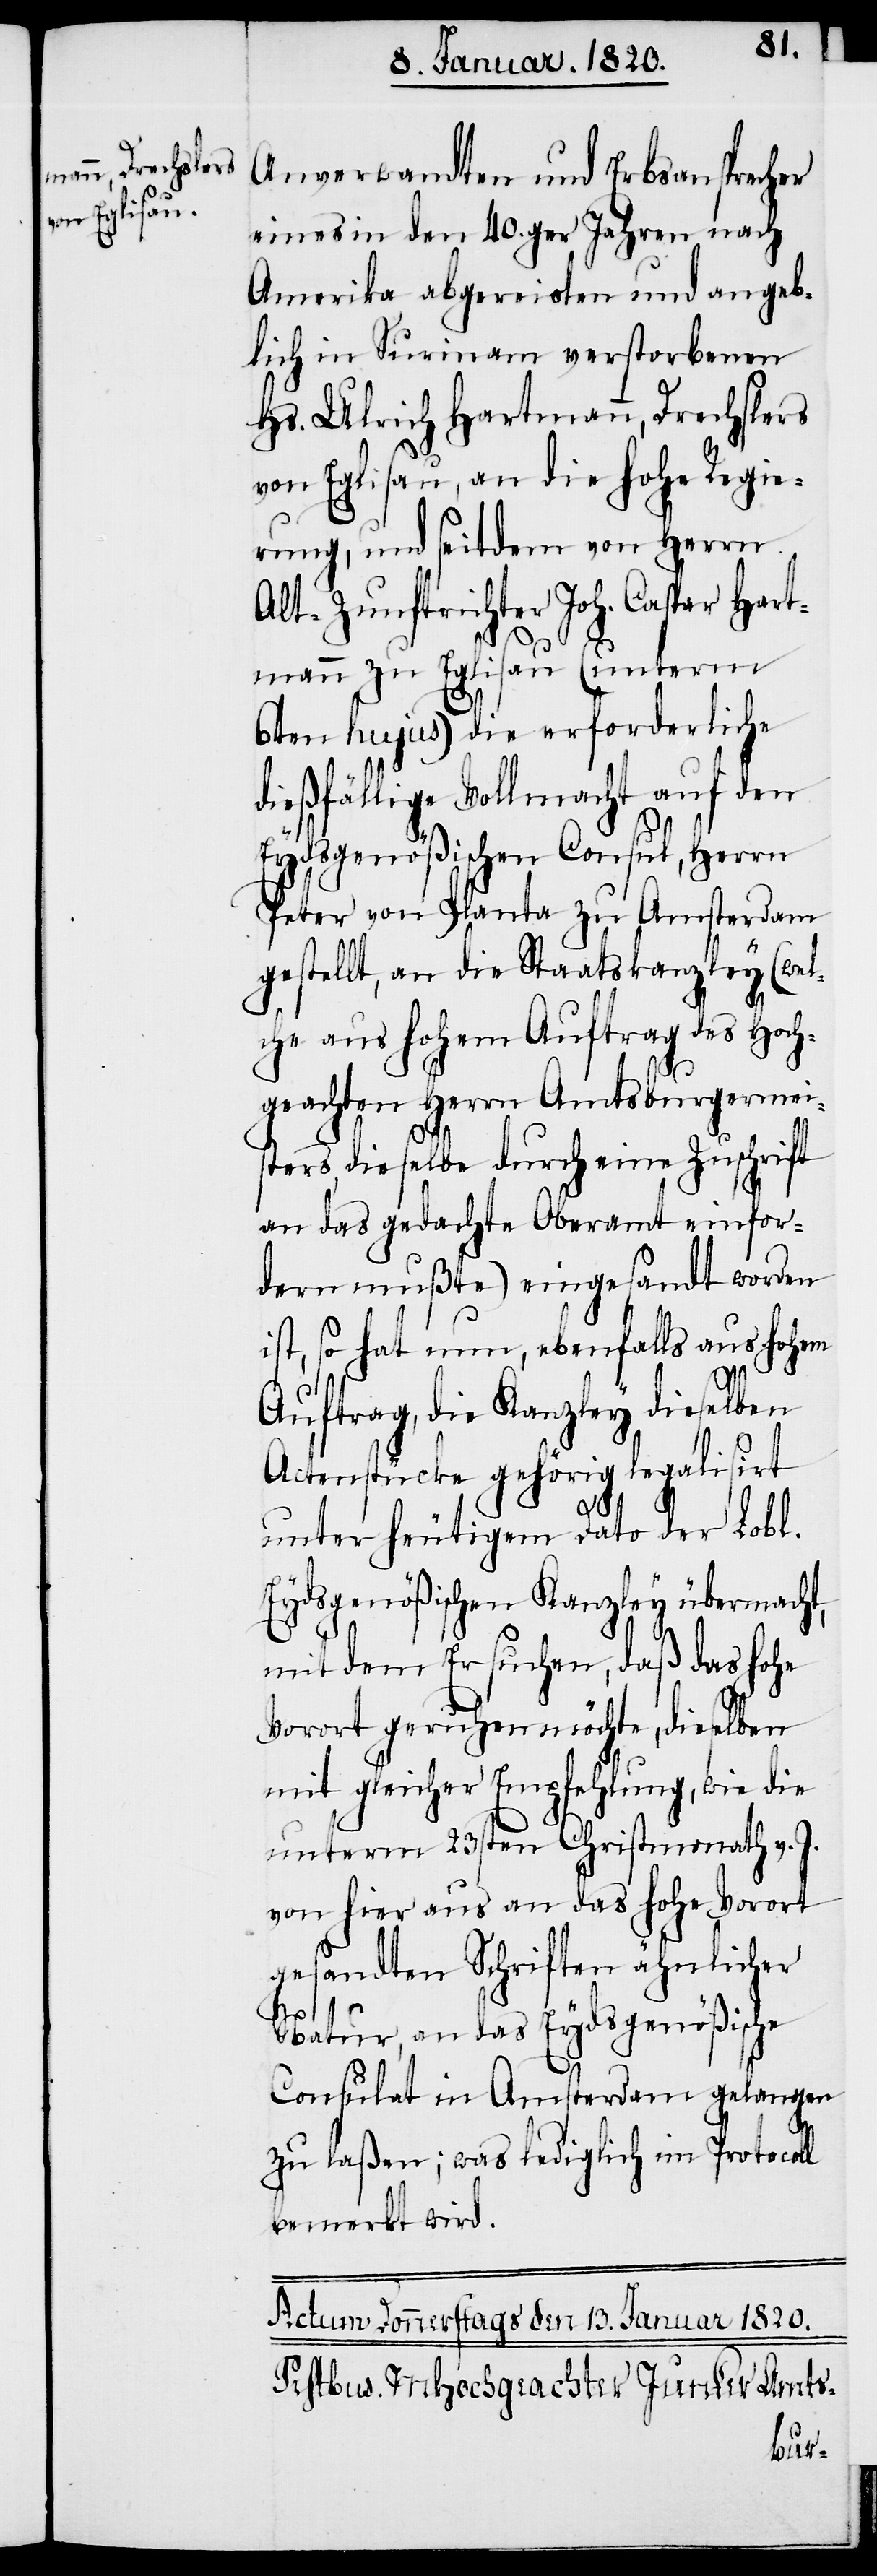
Anverwandten und Erbsansprecher
eines in den 40.ger Jahren nach
Amerika abgereisten und angeb¬
lich in Surinam verstorbenen
Hs. Ulrich Hartmann, Drechslers
von Eglisau, an die hohe Regie¬
rung, und seitdem von Herrn
Alt-Zunftrichter Joh. Caspar Hart¬
mann zu Eglisau (unterm
6ten hujus) die erforderliche
dießfällige Vollmacht auf den
Eydsgenößischen Consul, Herrn
Peter von Planta zu Amsterdam
gestellt, an die Staatskanzley (wel¬
che aus hohem Auftrag des Hoch¬
geachten Herrn Amtsburgermei¬
sters, dieselbe durch eine Zuschrift
an das gedachte Oberamt einfor¬
dern mußte) eingesandt worden
ist, so hat nun, ebenfalls aus hohem
Auftrag, die Kanzley dieselben
Actenstücke gehörig legalisirt
unter heutigem Dato der Lobl.
Eydsgenößischen Kanzley übermacht,
mit dem Ersuchen, daß das hohe
Vorort geruhen möchte, dieselben
mit gleicher Empfehlung, wie die
unterm 23sten Christmonath v. J.
von hier aus an das hohe Vorort
gesandten Schriften ähnlicher
Natur, an das Eydsgenößische
Consulat in Amsterdam gelangen
zu laßen; was lediglich im Protocoll
bemerkt wird.